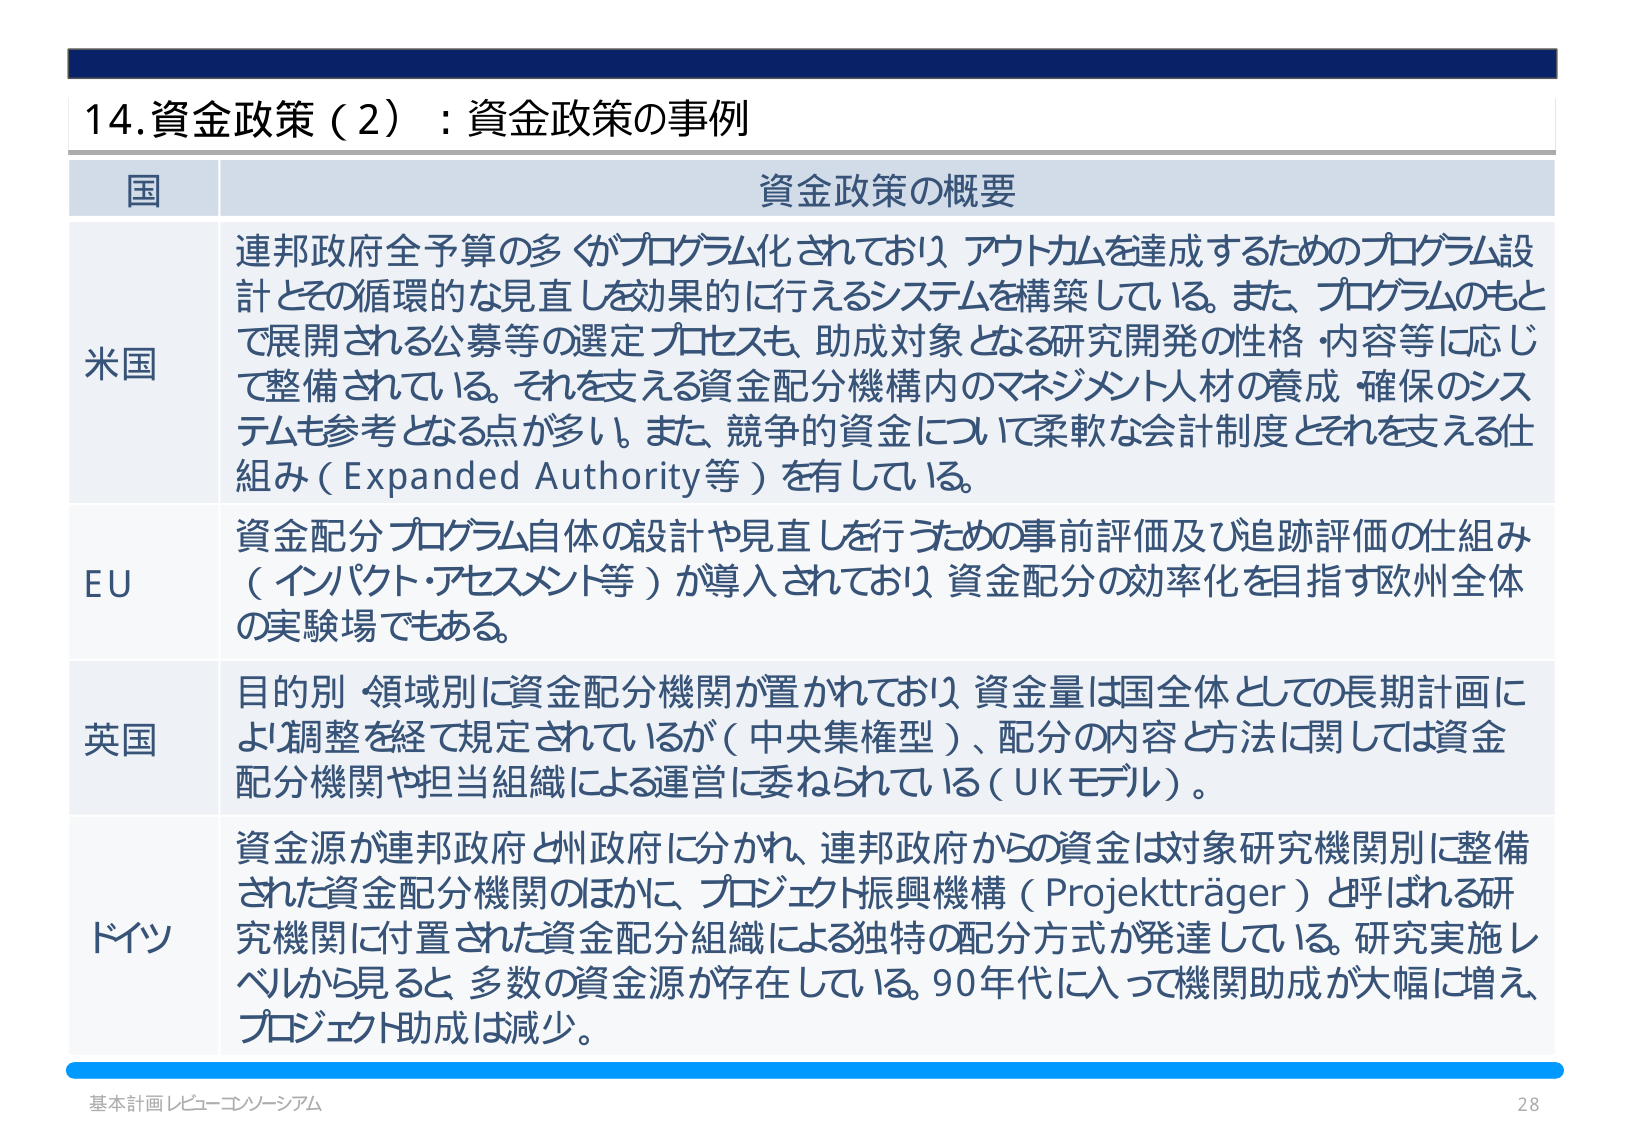
14.資金政策（2）：資金政策の事例

国 資金政策の概要

米国 連邦政府全予算の多くがプログラム化されており、アウトカムを達成するためのプログラム設計とその循環的な見直しを効果的に行えるシステムを構築している。また、プログラムのもとで展開される公募等の選定プロセスも、助成対象となる研究開発の性格・内容等に応じて整備されている。それを支える資金配分機構内のマネジメント人材の養成・確保のシステムも参考となる点が多い。また、競争的資金について柔軟な会計制度とそれを支える仕組み（Expanded Authority等）を有している。

EU 資金配分プログラム自体の設計や見直しを行うための事前評価及び追跡評価の仕組み（インパクト・アセスメント等）が導入されており、資金配分の効率化を目指す欧州全体の実験場でもある。

英国 目的別・領域別に資金配分機関が置かれており、資金量は国全体としての長期計画により調整を経て規定されているが（中央集権型）、配分の内容と方法に関しては資金配分機関や担当組織による運営に委ねられている（UKモデル）。

ドイツ 資金源が連邦政府と州政府に分かれ、連邦政府からの資金は対象研究機関別に整備された資金配分機関のほかに、プロジェクト振興機構（Projektträger）と呼ばれる研究機関に付置された資金配分組織による独特の配分方式が発達している。研究実施レベルから見ると、多数の資金源が存在している。90年代に入って機関助成が大幅に増え、プロジェクト助成は減少。

基本計画レビュー・コンソーシアム 28